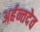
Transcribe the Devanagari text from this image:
अर्हन्तदेव